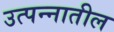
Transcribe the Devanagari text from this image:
उत्पन्‍नातील